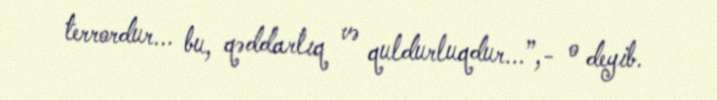
terrordur... bu, qəddarlıq və quldurluqdur...”,- o deyib.